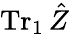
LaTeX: \operatorname{Tr}_{1}\hat{Z}